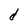
Character: d